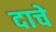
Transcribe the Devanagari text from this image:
दाचे